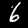
Digit: 6